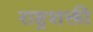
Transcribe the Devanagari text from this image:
राष्ट्रशक्ती